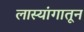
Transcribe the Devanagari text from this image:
लास्यांगातून